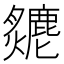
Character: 𤒣